Leningradi_Edasi_toimetus, lk 182
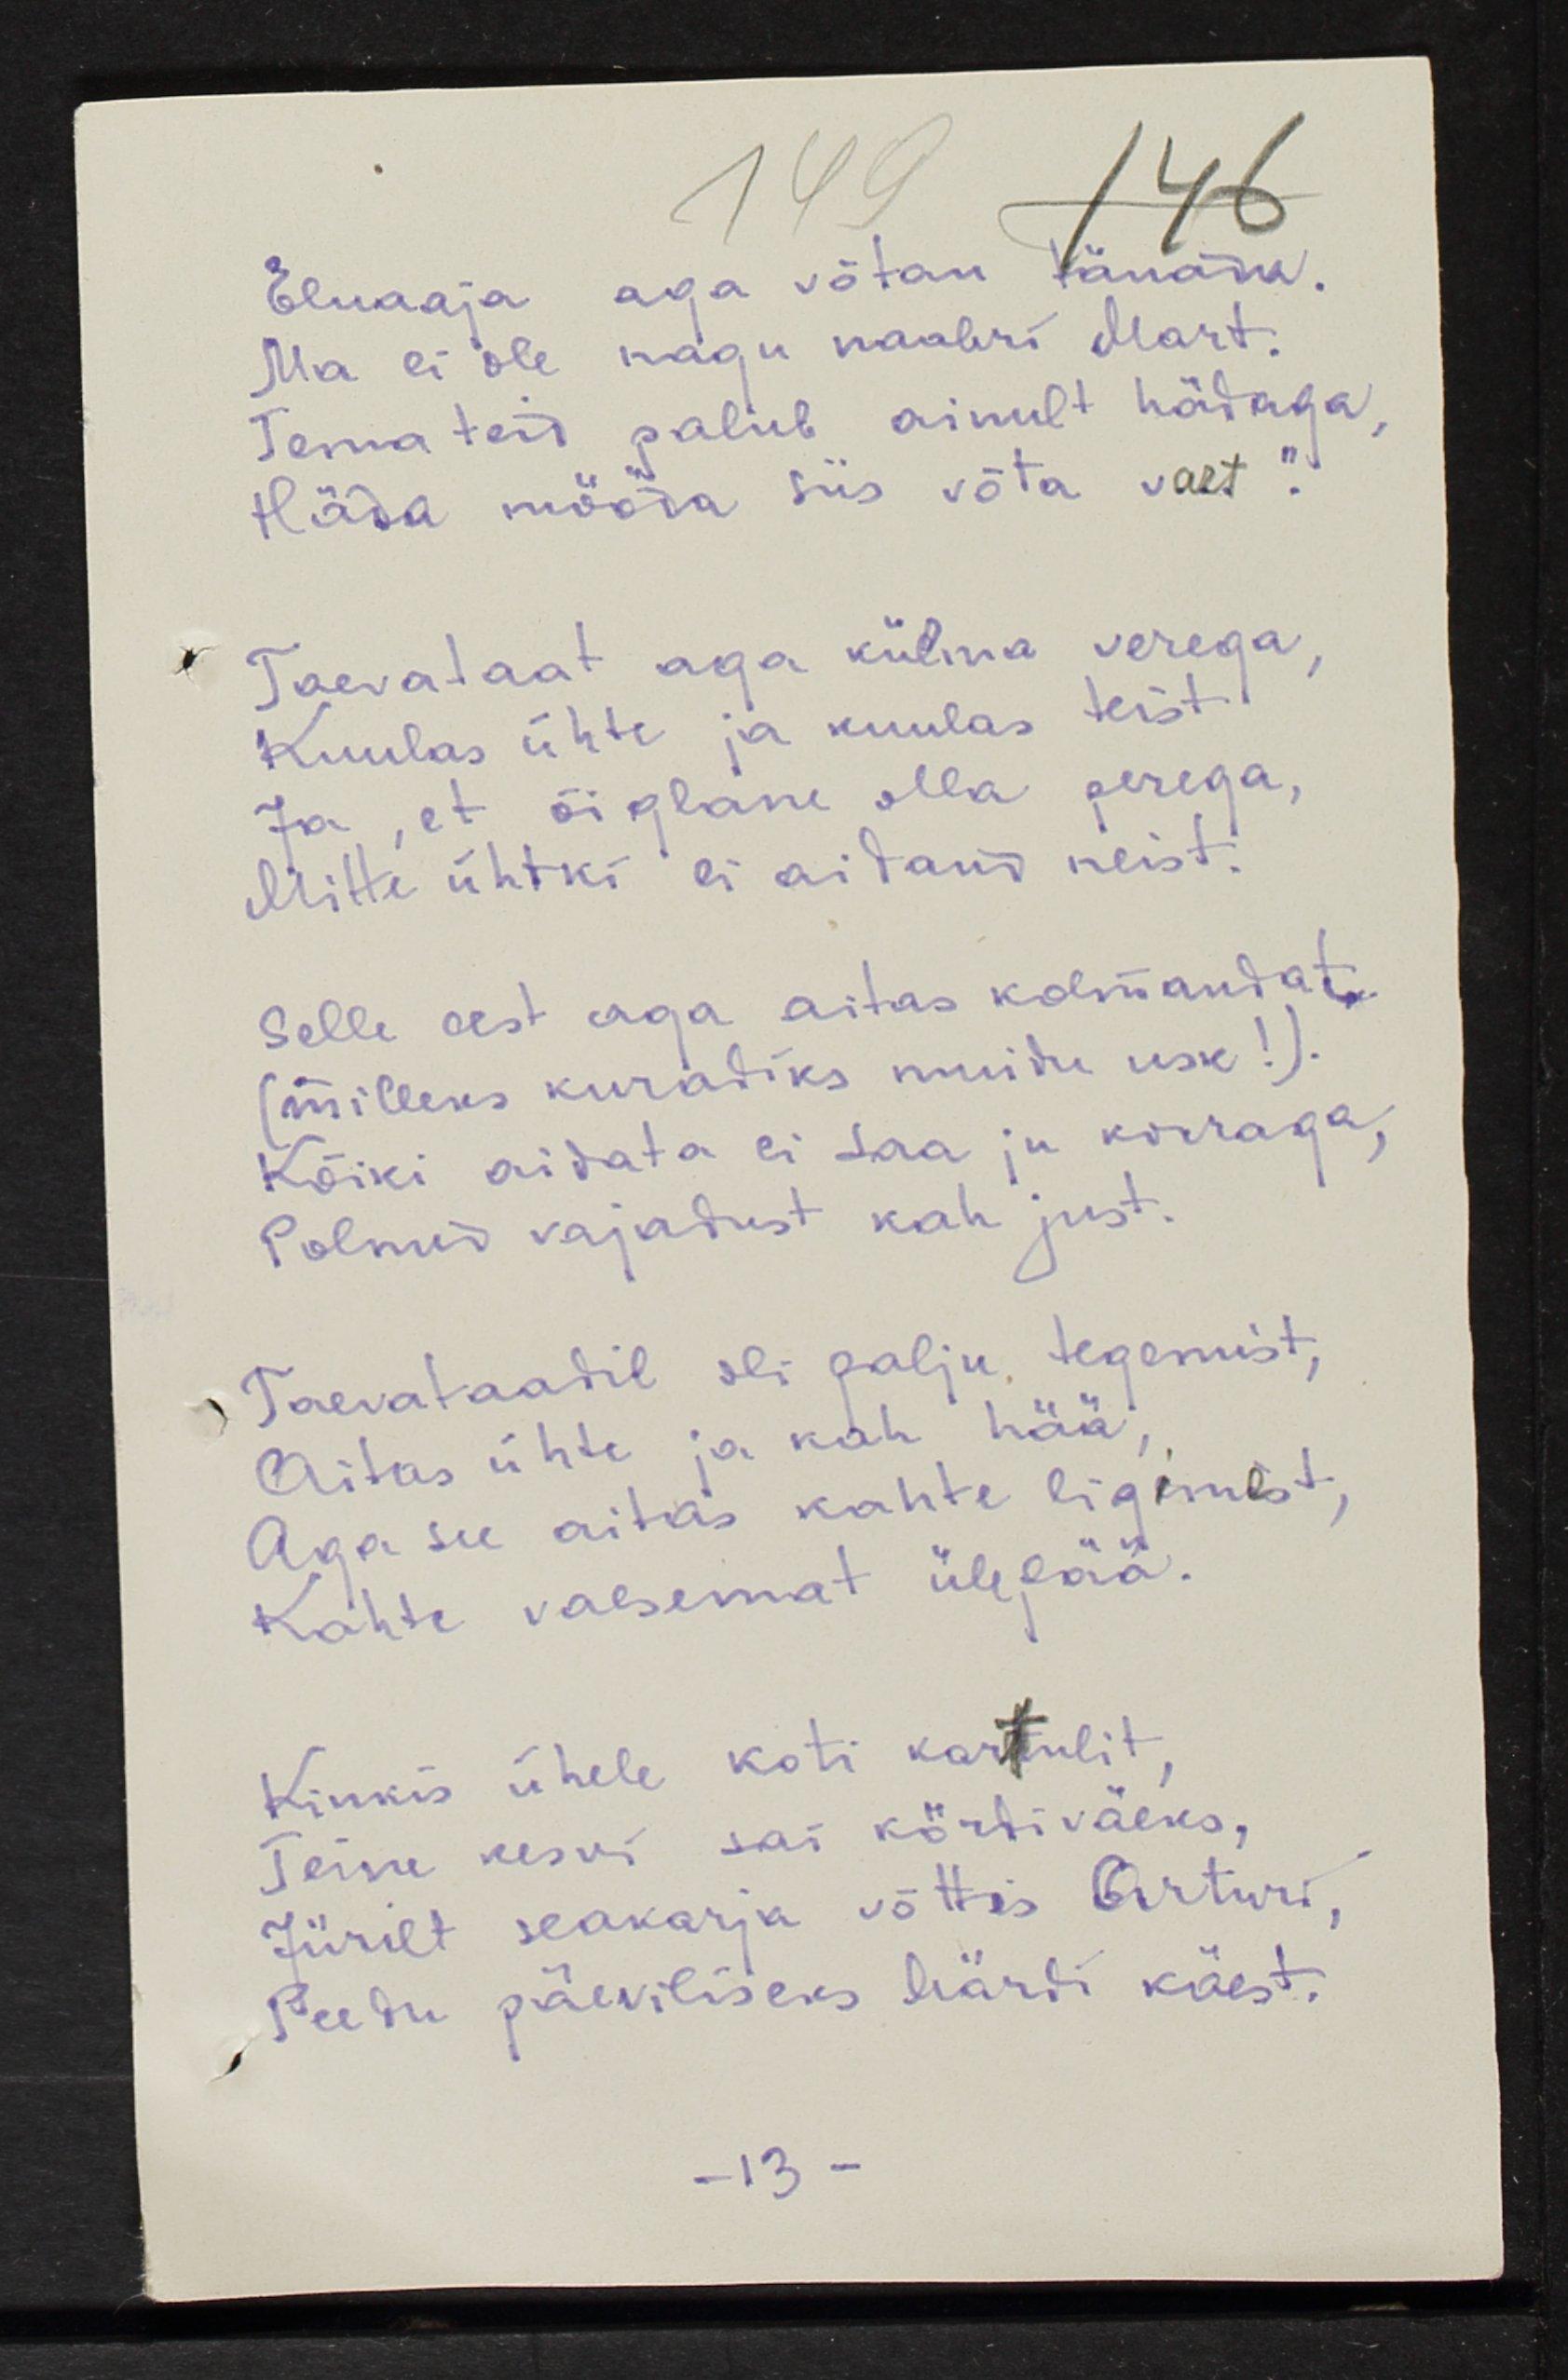
Eluaaja aga võtan tänada.
Ma ei ole nagu naabri Mart.
Tema teid palub ainult hädaga,
Häda mööda siis võta vast".
Taevataat aga külma verega,
Kuulas ühte ja kuulas teist
Ja, et õiglane olla perega,
Mitte ühtki ei aidand neist.
Selle eest aga aitas kolmandat
(milleks kuradiks muidu usk!).
Kõiki aidata ei saa ju korraga
Polnud vajadust kah just.
Taevataadil oli palju tegemist,
Aitas ühte ja kah hää,
Aga see aitas kahte ligimest,
Kahte vaesemat ülepää.
Kinkis ühele koti kartulit,
Teine kesvi sai kördiväeks,
Jürilt seakarja võttis Arturi,
Peedu päeviliseks Märdi käest.